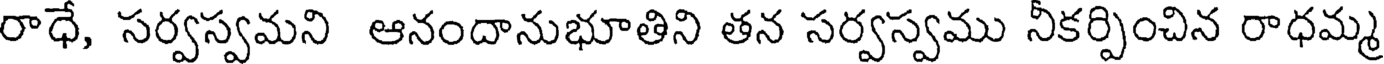
రాధే, సర్వస్వమని ఆనందానుభూతిని తన సర్వస్వము నీకర్పించిన రాధమ్మ